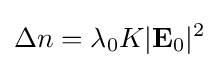
\Delta n=\lambda _{0}K|\mathbf {E} _{0}|^{2}